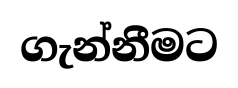
ගැන්නීමට